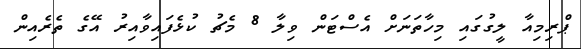
ޕްރިމިއާ ލީގުގައި މިހާތަނަށް އެސްޓަން ވިލާ 8 މެޗު ކުޅެފައިވާއިރު އޭގެ ތެރެއިން